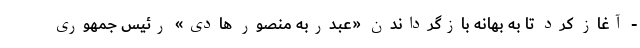
- آغاز کرد تا به بهانه بازگرداندن «عبدربه منصور هادی» رئیس جمهوری